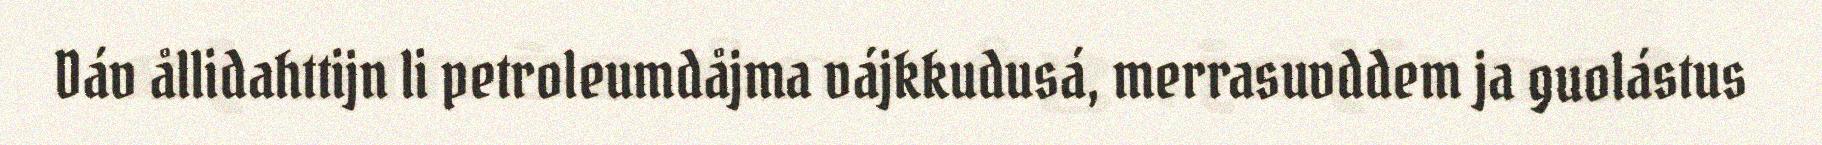
Dáv ållidahttijn li petroleumdåjma vájkkudusá, merrasuvddem ja guolástus